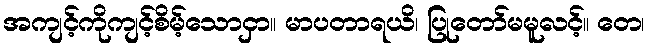
အကျင့်ကိုကျင့်စိမ့်သောငှာ။ မာပတာရယိ၊ ပြုတော်မမူလင့်။ တေ၊